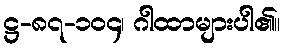
ဋ္ဌ-၈၇-၁၀၄၊ ဂါထာများပါ၏။